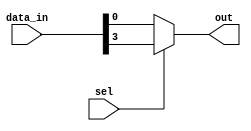
module bit_select_assign (
    input [7:0] data_in,
    input sel,
    output reg out
);

always @ (*) begin
    if (sel == 1'b1)
        out = data_in[3]; // selecting bit 3 of data_in when sel is high
    else
        out = data_in[0]; // selecting bit 0 of data_in when sel is low
end

endmodule